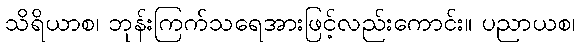
သိရိယာစ၊ ဘုန်းကြက်သရေအားဖြင့်လည်းကောင်း။ ပညာယစ၊